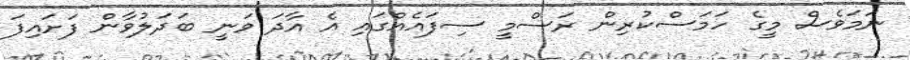
ނަމަވެސް މީގެ ހަމަސްކުރިން ރަސްމީ ސިފައެއްގައި އެ އާދަ ވަނީ ބަދަލުވާން ފަށައިފަ